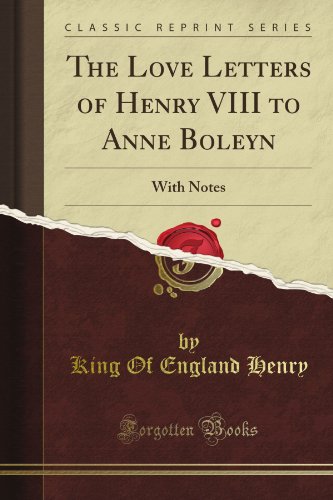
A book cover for The Love Letters of Henry VIII to Anne Boleyn: With Notes (Classic Reprint); King Of England Henry; Romance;